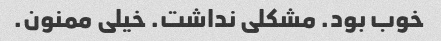
خوب بود. مشکلی نداشت. خیلی ممنون.